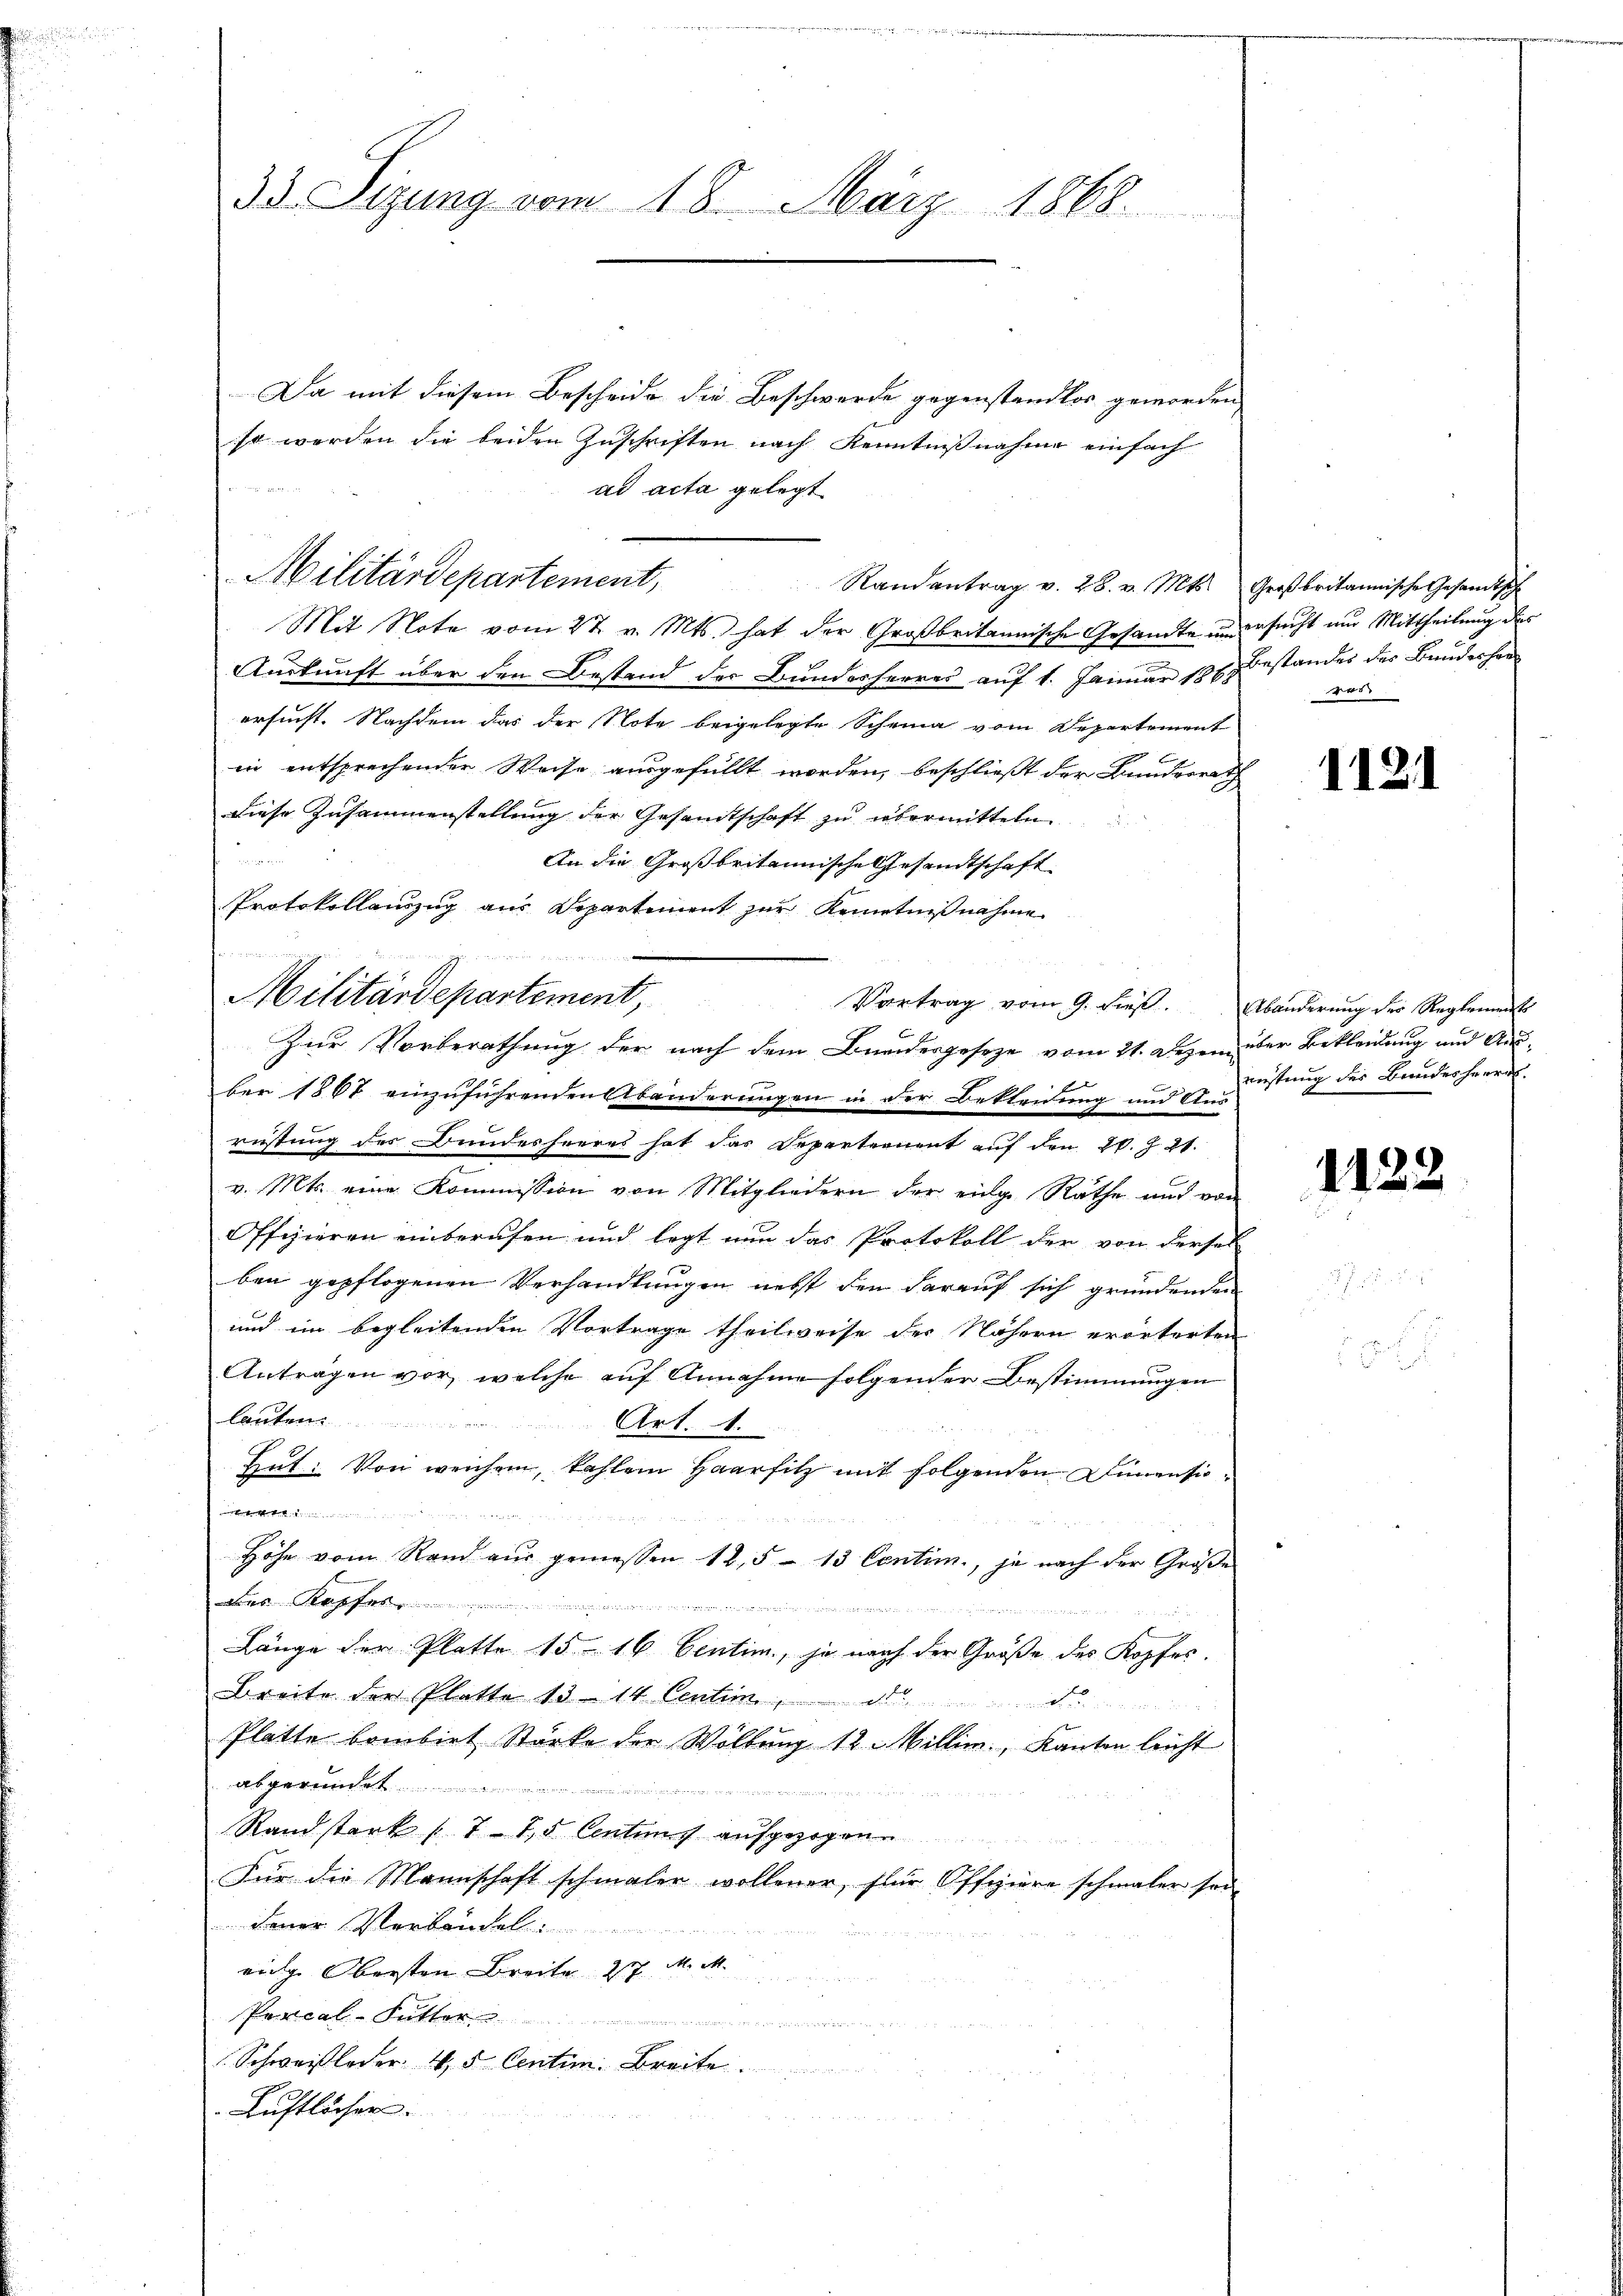
33. Sizung vom 18. März 1868

Da mit diesem Bescheide die Beschwerde gegenstandlos geworden,
so werden die beiden Zuschriften nach Kenntnißnahme einfach
Berechen gegen
ad acta gelegt

Militärdepartement,
Randantrag v. 28. v. Mts. Großbritannische Gesandtsch

Protokollauszug aus Departement zur Kenntnißnahme

Militärdepartement,

Zur Vorberathung der nach dem Bundesgesetze vom 21. Dezem über Bekleidung und Aus¬

Mit Note vom 27. v. Mts. hat der Großbritannische Gesandte unbesucht nur Mittheilung des
Auskunft über den Bestand der Bundesheeres auf 1. Januar 186. Bestandes der Bunderhor
ersucht. Nachdem das der Note beigelegte Scheina vom Departement
in entsprechender Weise ausgefüllt worden, beschließt der Bundesrath
diese Zusammenstellung der Gesandtschaft zu übermitteln
An die Großbritannische Gesandtschaft
Vortrag vom 9. die Abänderung der Reglement
ber 1867 einzuführenden Abänderungen in der Bekleidung und Aus
rüstung des Bundesheeres hat das Departernent auf den 20. Z. 21.
v. Mts. eine Kommission von Mitgliedern der einge Räthe und von
Offizieren einberufen und legt nun das Protokoll der von dersel
ben gepflogenen Verhandlungen nebst den darauf sich gründenden
und im begleitenden Vortrage theilweise der Nähern erörterten
Antragen vor, welche auf Annahme folgender Bestimmungen
Caerten
Art. 1.
Hut: Von weichen, kahlen Haarsitz mit folgenden Dimensiokerke einer vernen |
Höhe vom Rand aŭs gemessen 12,5 - 13 Centim., je nach der Große
rs Kopf

Länge der Platte 15 16 Centim, ja nach der Größe des Kopfes.
Breite der Platte 1514 Centin,
Platte bombirt Stärke der Wölbung 12. Millin, Kanton leicht
abgerundet
Randstark (7 15 Centums aufgezogen
Für die Mannschaft schmaler wollener, für Offiziere schmaler son-
dener Verbruchel
eige Obersten Breite St. M. M.
Percal-Futter

Schweistloder 45 Centin. Breite
Luftlöcher.

5

1121

rüstung des Bundesheerrs

1122